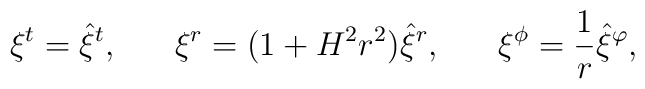
\xi^t=\hat{\xi}^t,\;\;\;\;\;\;\xi^r=(1+H^2r^2)\hat{\xi}^r,\;\;\;\;\;\;\xi^\phi=\frac{1}{r}\hat{\xi}^\varphi,